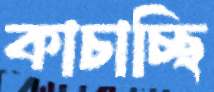
কাচাচ্ছি